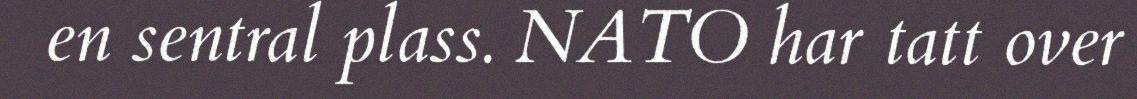
en sentral plass. NATO har tatt over